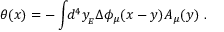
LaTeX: \theta ( x ) = - \int \! \! d ^ { 4 } y _ { _ { E } } \Delta \phi _ { \mu } ( x - y ) A _ { \mu } ( y ) \ .